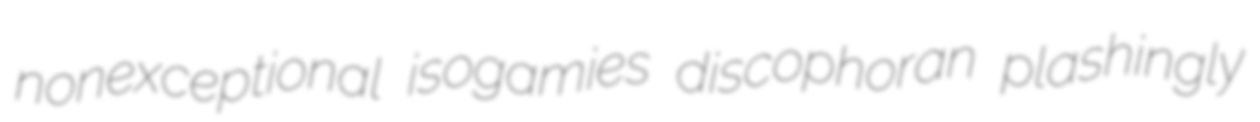
nonexceptional isogamies discophoran plashingly